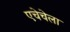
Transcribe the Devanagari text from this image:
एचेचेला